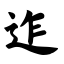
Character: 迮